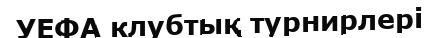
УЕФА клубтық турнирлері